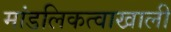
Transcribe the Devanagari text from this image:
मांडलिकत्वाखाली